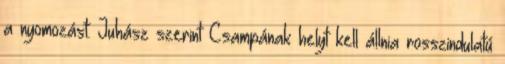
a nyomozást. Juhász szerint Csampának helyt kell állnia rosszindulatú